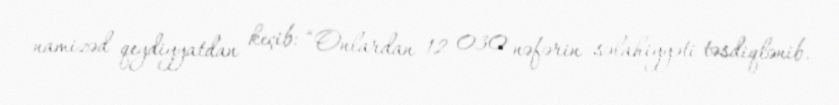
namizəd qeydiyyatdan keçib: “Onlardan 12 030 nəfərin səlahiyyəti təsdiqlənib.